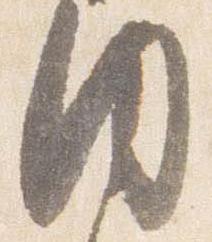
内